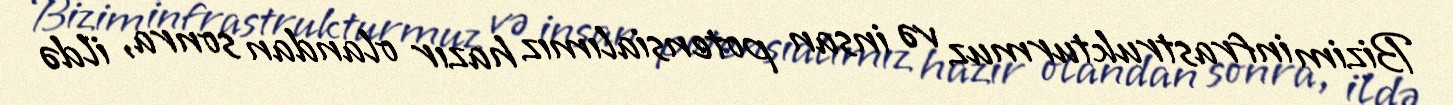
Bizim infrastrukturmuz və insan potensialımız hazır olandan sonra, ildə